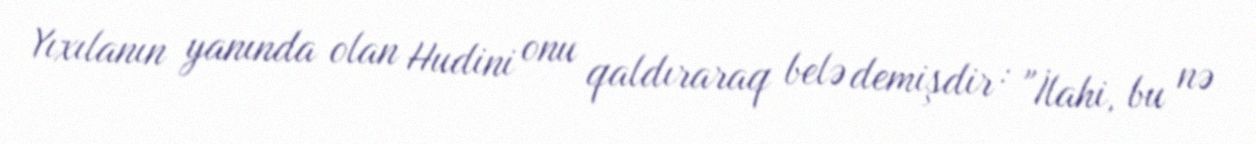
Yıxılanın yanında olan Hudini onu qaldıraraq belə demişdir : "İlahi, bu nə